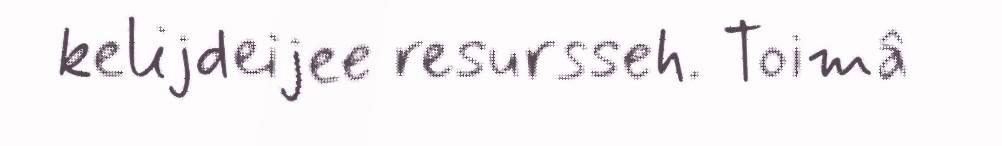
kelijdeijee resursseh. Toimâ